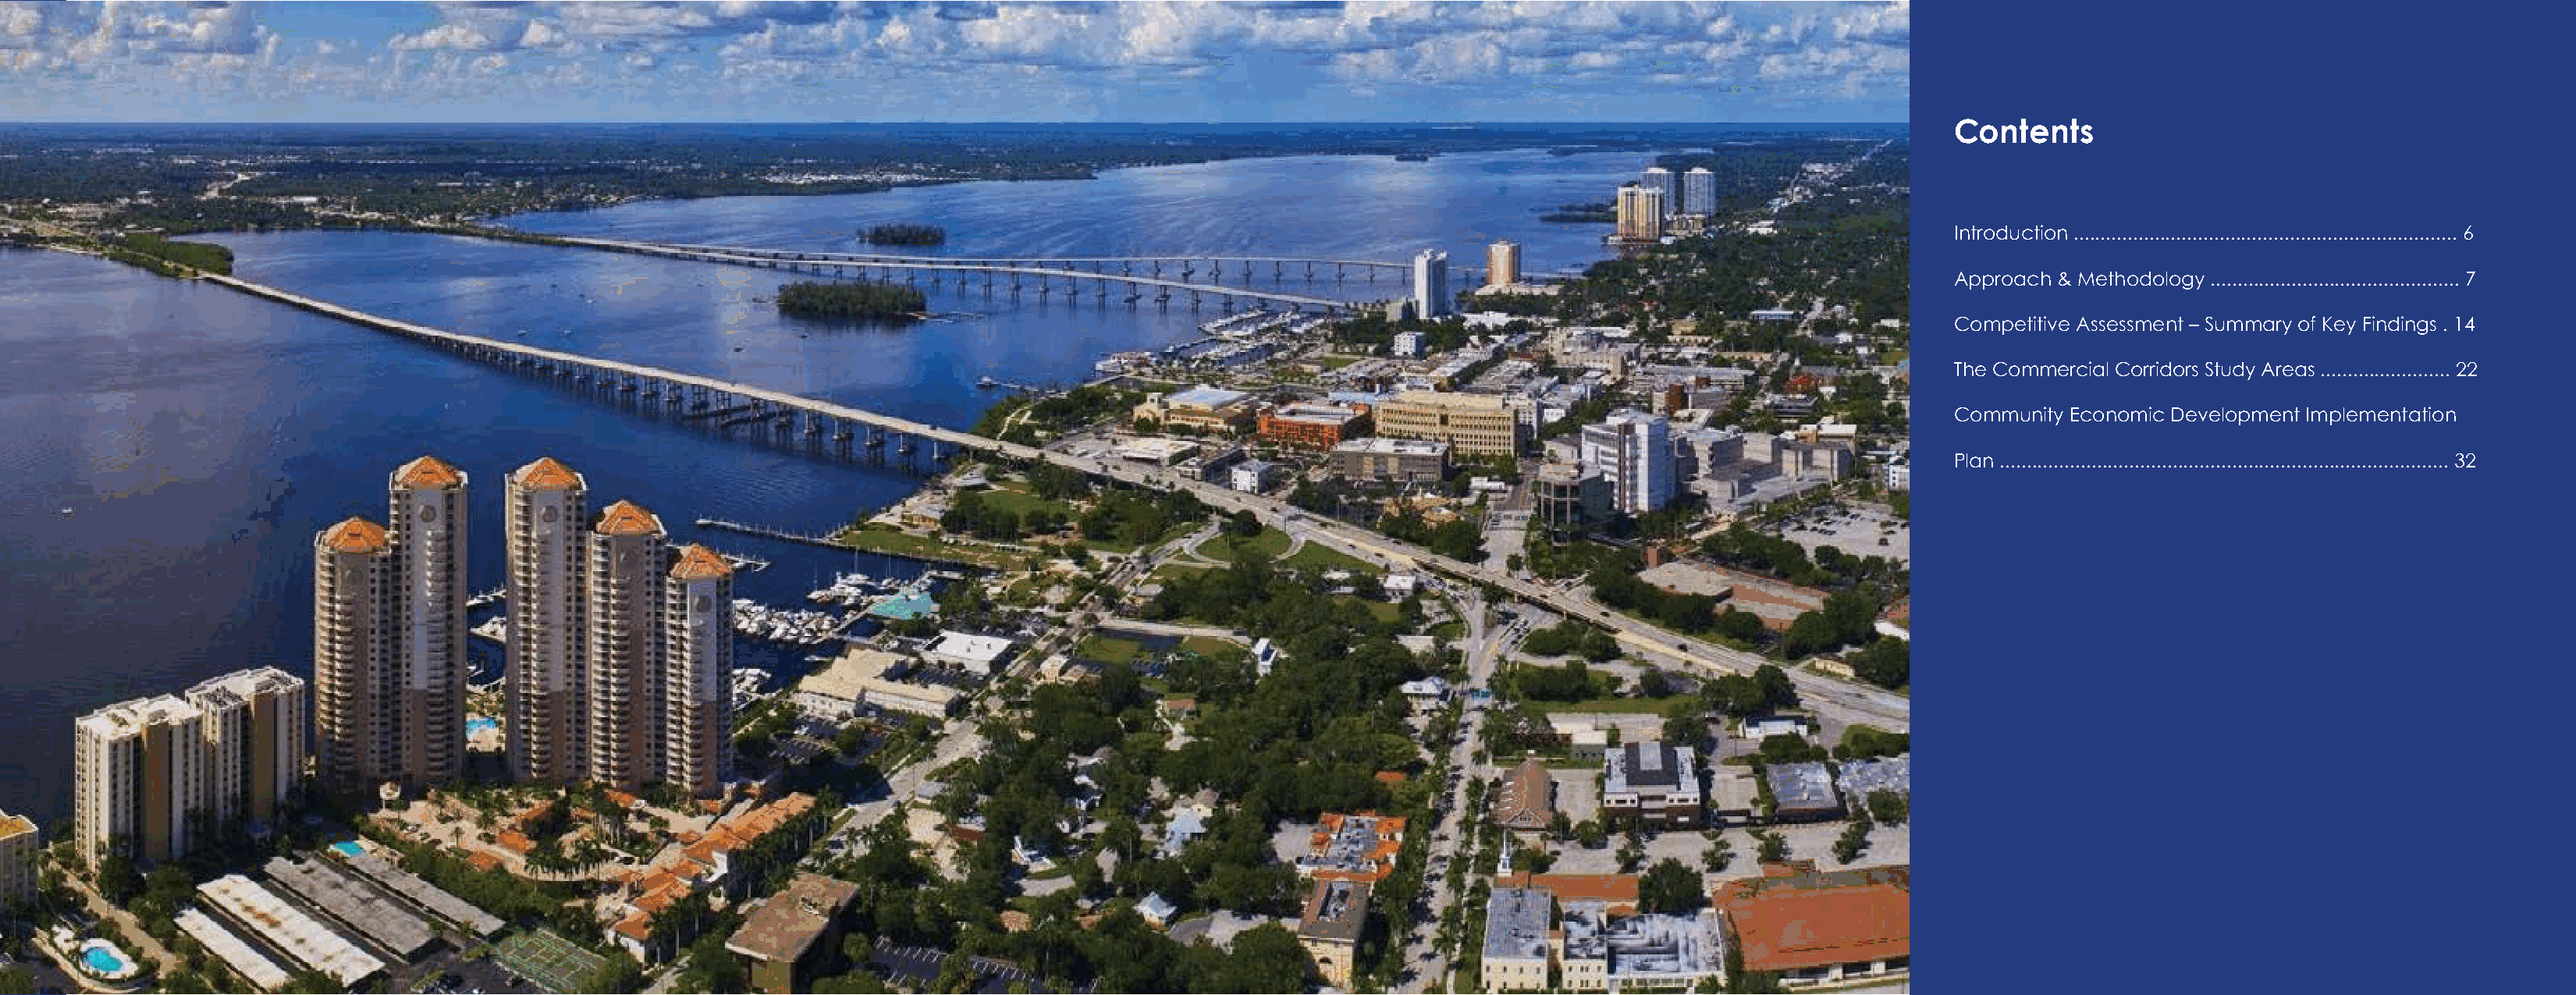
Contents
 Introduction ....................................................................... 6
 Approach & Methodology .............................................. 7
 Competitive Assessment – Summary of Key Findings . 14
 The Commercial Corridors Study Areas ........................ 22
 Community Economic Development Implementation
 Plan ................................................................................... 32
 4                                                                                                                                                                                                                    5